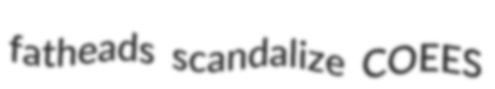
fatheads scandalize COEES